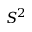
S ^ { 2 }